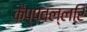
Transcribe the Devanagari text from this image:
कैप्पवल्लरि